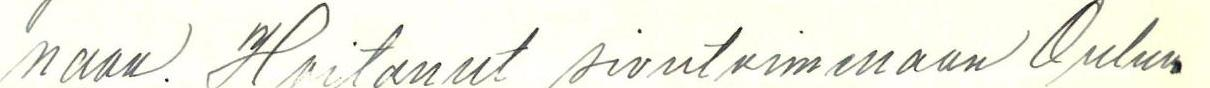
naan. Hoitanut sivutoimenaan Oulun